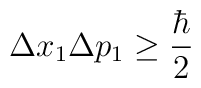
\Delta x_1\Delta p_1\geq \frac{\hbar}{2}